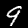
Digit: 9